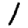
Digit: 1